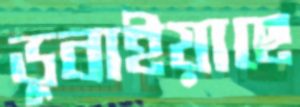
ডুবাইয়াছে